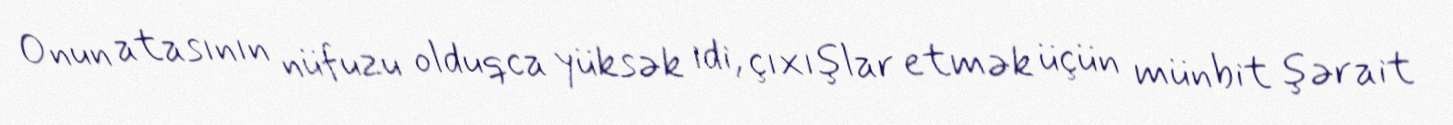
Onun atasının nüfuzu olduqca yüksək idi, çıxışlar etmək üçün münbit şərait